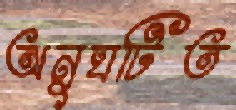
অনুঘটিত